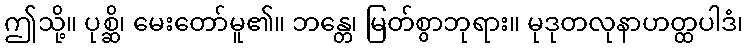
ဤသို့။ ပုစ္ဆိ၊ မေးတော်မူ၏။ ဘန္တေ၊ မြတ်စွာဘုရား။ မုဒုတလုနာဟတ္ထပါဒံ၊